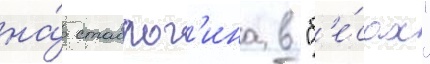
на́ ставрог'ина в "б'е́сах"